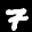
Label: 7